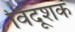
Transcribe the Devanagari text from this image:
विदूशक